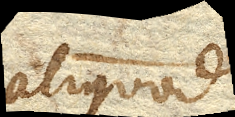
aliquod